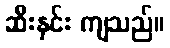
ဆီးနှင်း ကျသည်။